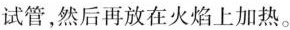
试管，然后再放在火焰上加热。